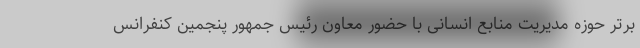
برتر حوزه مدیریت منابع انسانی با حضور معاون رئیس جمهور پنجمین کنفرانس